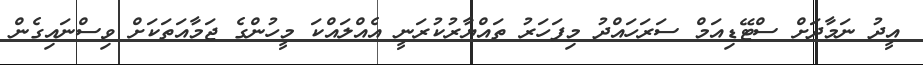
އީދު ނަމާދަށް ސްޓޭޑިއަމް ސަރަހައްދު މިފަހަރު ތައްޔާރުކުރަނީ އެއްލައްކަ މީހުންގެ ޖަމާއަތަކަށް ވިސްނައިގެން